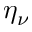
\eta _ { \nu }